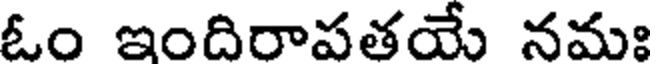
ఓం ఇందిరాపతయే నమః